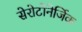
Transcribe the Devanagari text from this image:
सेरोटोनेर्जिक